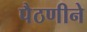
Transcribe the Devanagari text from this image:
पैठणीने